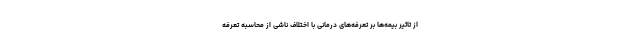
از تاثیر بیمه‌ها بر تعرفه‌های درمانی با اختلاف ناشی از محاسبه تعرفه